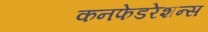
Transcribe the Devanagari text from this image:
कनफेडरेशन्स